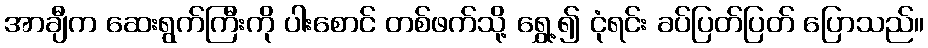
အာချီက ဆေးရွက်ကြီးကို ပါးစောင် တစ်ဖက်သို့ ရွှေ့၍ ငုံရင်း ခပ်ပြတ်ပြတ် ပြောသည်။